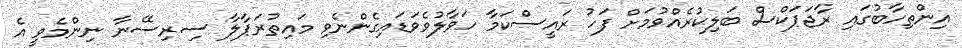
އިންތިހާބުގައި ރާޖަޕަކްސް ބަލިކުރެއްވުމަށް ފަހު ރައީސްކަމާ ހަވާލުވެވަޑައިގެންނެވި މައިތުރަޕާލާ ސިރިސޭނާ ނިންމެވީ އެ